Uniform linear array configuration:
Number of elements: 16
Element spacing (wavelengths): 0.75
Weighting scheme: cosine
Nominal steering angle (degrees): -30
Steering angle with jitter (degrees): -29.719
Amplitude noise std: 0.05
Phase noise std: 0.05

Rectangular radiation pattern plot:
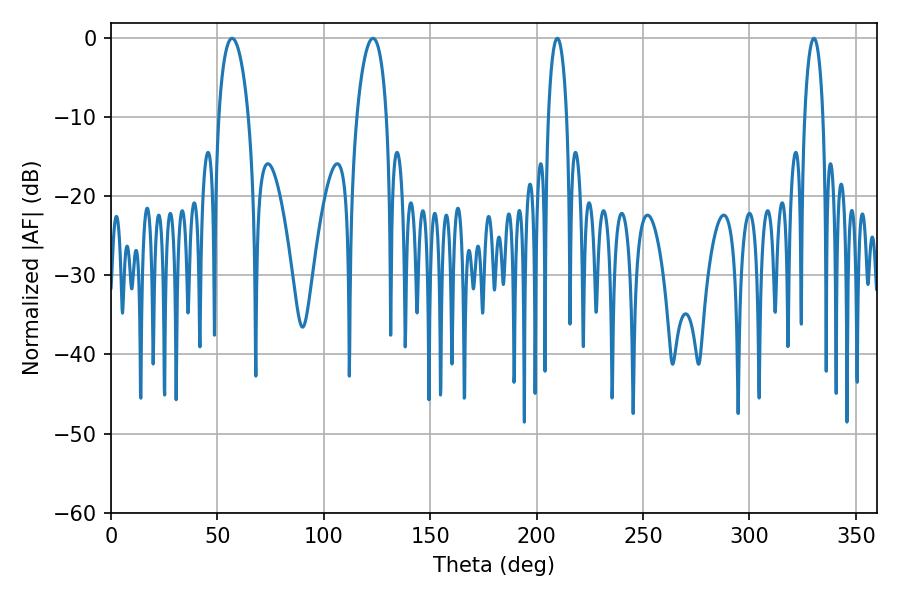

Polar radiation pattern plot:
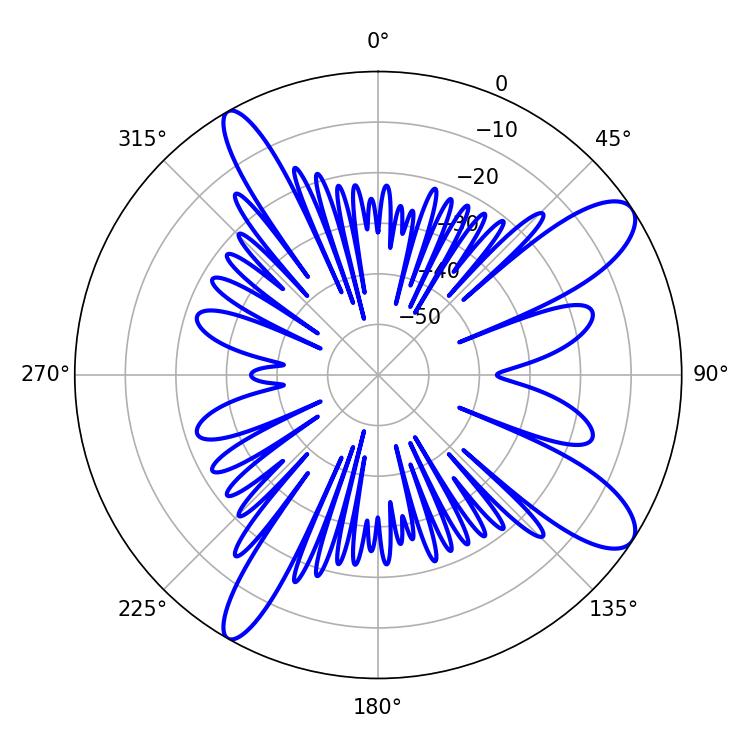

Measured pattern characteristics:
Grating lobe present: TRUE
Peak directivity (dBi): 10.973
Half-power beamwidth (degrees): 4.86
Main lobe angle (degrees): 209.7